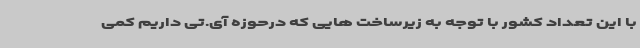
با این تعداد کشور با توجه به زیرساخت هایی که درحوزه آی.تی داریم کمی